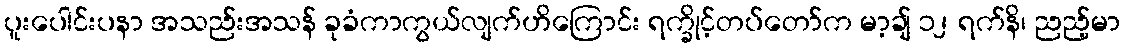
ပူးပေါင်းပနာ အသည်းအသန် ခုခံကာကွယ်လျက်ဟိကြောင်း ရက္ခိုင့်တပ်တော်က မာ့ချ် ၁၂ ရက်နိ၊ ညည့်မာ